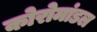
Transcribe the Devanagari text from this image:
कोरोमांडल